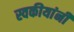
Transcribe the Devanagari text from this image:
स्वकीयांनी